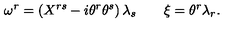
\omega ^ { r } = \left( X ^ { r s } - i \theta ^ { r } \theta ^ { s } \right) \lambda _ { s } \qquad \xi = \theta ^ { r } \lambda _ { r } .